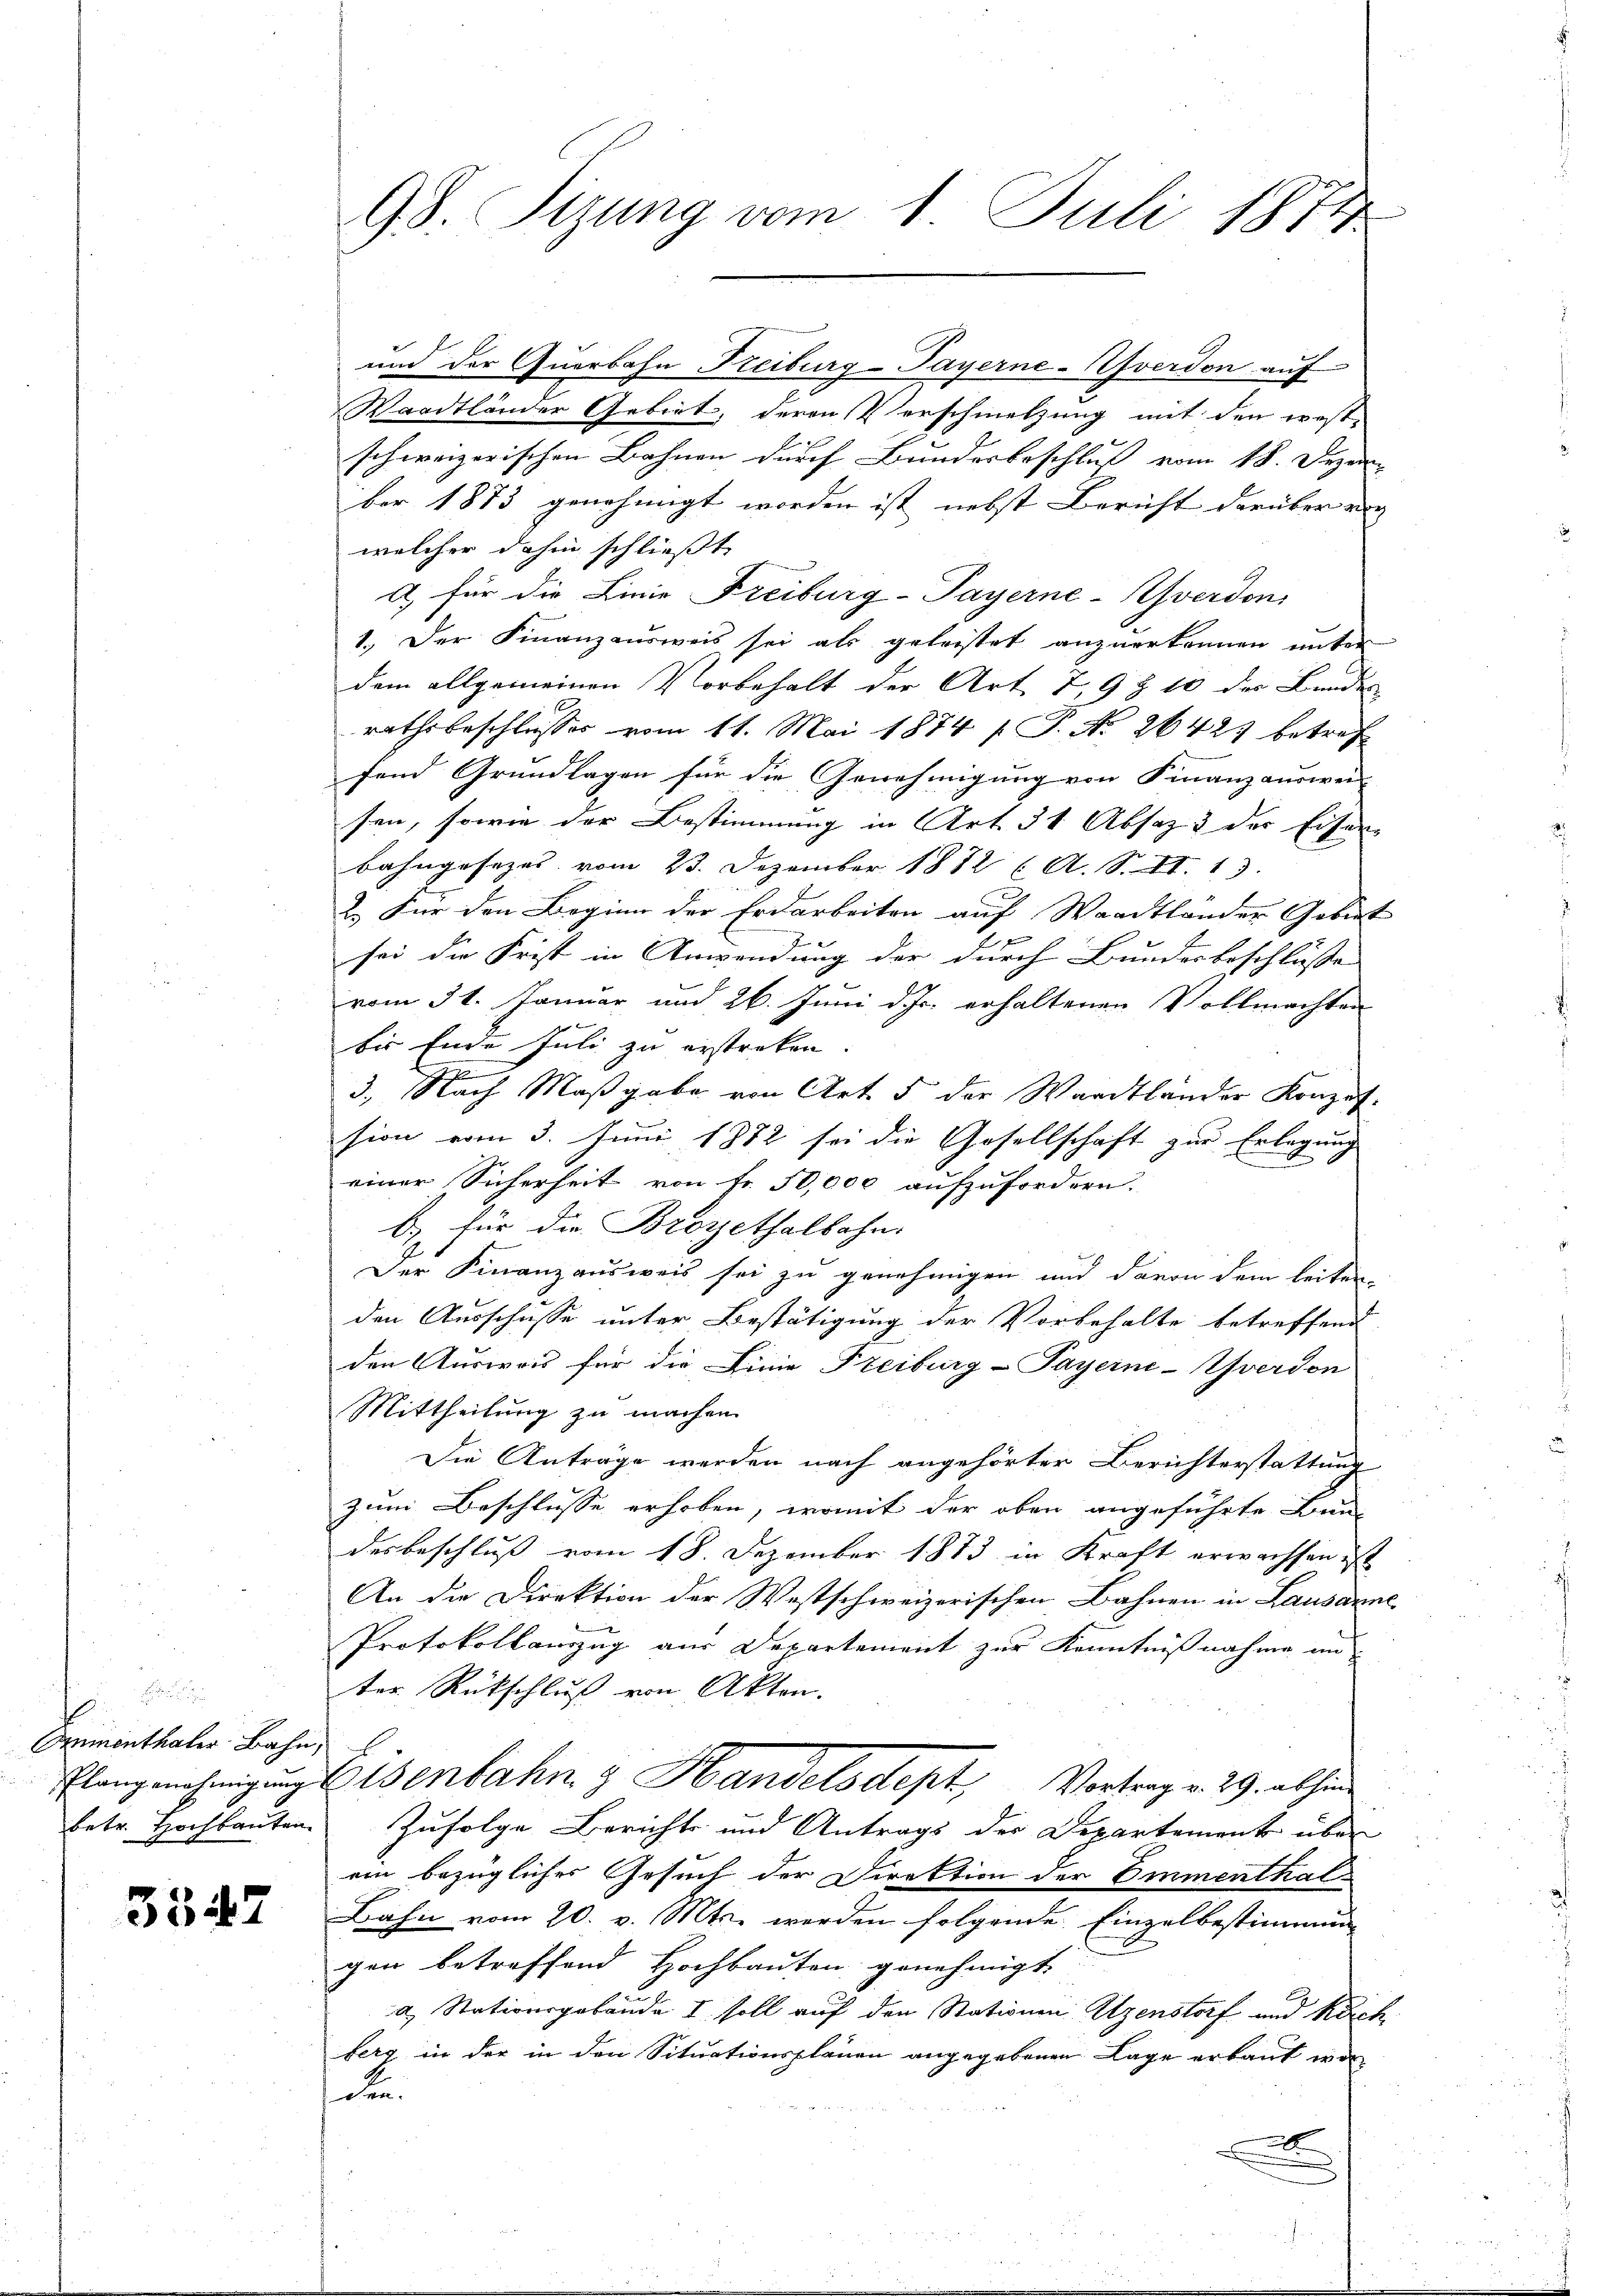
Ormonthaler Bahn,

3547

98. Sizung vom 1. Juli 1871

und der Querbahn Freiburg-Payerne-Afverdon auf
Waadtländer Gebiet, deren Verschmelzung mit den westschweizerischen Bahnen durch Bundesbeschluß vom 18. Dezem
ber 1873 genehmigt worden ist nebst Bericht darüber eig
welcher dahin schließt
a) für die Linie Freiburg-Payerne-Yverdon
1.) Der Finanzausweis sei als geleistet anzuerkennen unter
dem allgemeinen Vorbehalt der Art. 7, 9 § 10 der Bunde
rathsbeschlusses vom 11. Mai 1874 / P. Nr. 26421 betref
fend Grundlagen für die Genehmigung von Finanzauswei
sen, sowie der Bestimmung in Art. 31 Absaz 3 der Eiser-
Bahngesezes vom 23. Dezember 1882 (A. S. II. 13.
2.) Für den Beginn der Erdarbeiten auf Waadtlander Gebiet
2
sei die Frist in Anwendung der durch Bundesbeschlüsse |
vom 31. Januar und 26. Juni d. Js. erhaltenen Vollmachten
bis Ende Juli zu erstreken.
e
3., Nach Maßgabe von Art. 5 der Waadtländer Konzession vom 3. Juni 1872 sei die Gesellschaft zur Erlegung
einer Sicherheit von Fr. 50,000 aufzufordern.
b.) für die Brosethalbahn.
Der Finanzausweis sei zu genehmigen und davon dem leiten-
den Ausschusse unter Bestätigung der Vorbehalte betreffend
den Ausweis für die Linie Freiburg-Payerne-Yverdon
Mittheilung zu machen.
Die Anträge werden nach angehörter Berichterstattung
zum Beschlusse erhoben, womit der oben angeführte Bun-
desbeschluß vom 18. Dezember 1883 in Kraft erwachsen ist
An die Direktion der Westschweizerischen Bahnen in Lausanne
Protokollanzug aus Departement zur Kenntnißnahme un
ter Rückschluß von Akten.
Elangenehmigung Eisenbahn & Handelsdept, Vortrag v. 29. abhin
betr. Hochbauten. Zufolge Berichts und Antrags der Departement über
ein bezügliches Gesuch der Direktion der Emmenthal¬
Bahn vom 20. v. Mts. werden folgende Einzelbestimmung
gen betreffend Hochbauten genehmigt.
a. Stationsgebäude I soll auf den Stationen Utzenstorf und Kirch
berg in der in den Situationsplänen angegebenen Lage erbaut worden.
x
e